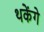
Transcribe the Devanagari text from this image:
थकेंगे